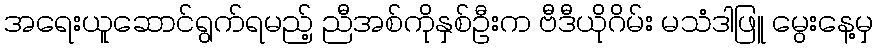
အရေးယူဆောင်ရွက်ရမည့် ညီအစ်ကိုနှစ်ဦးက ဗီဒီယိုဂိမ်း မသံဒါဖြူ မွေးနေ့မှ